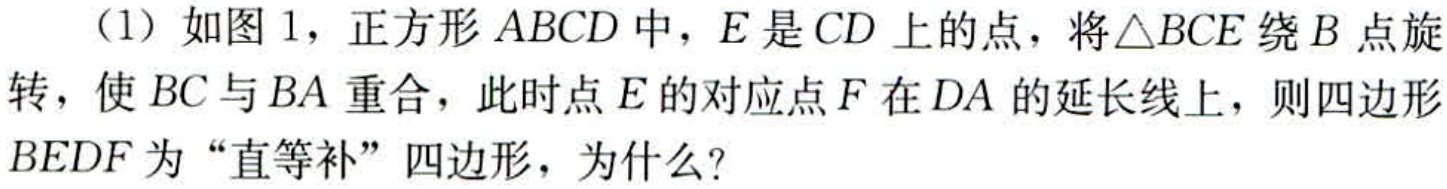
（1）如图1，正方形\(ABCD\)中，\(E\)是\(CD\)上的点，将\(\triangle BCE\)绕\(B\)点旋转，使\(BC\)与\(BA\)重合，此时点\(E\)的对应点\(F\)在\(DA\)的延长线上，则四边形\(BEDF\)为“直等补”四边形，为什么？